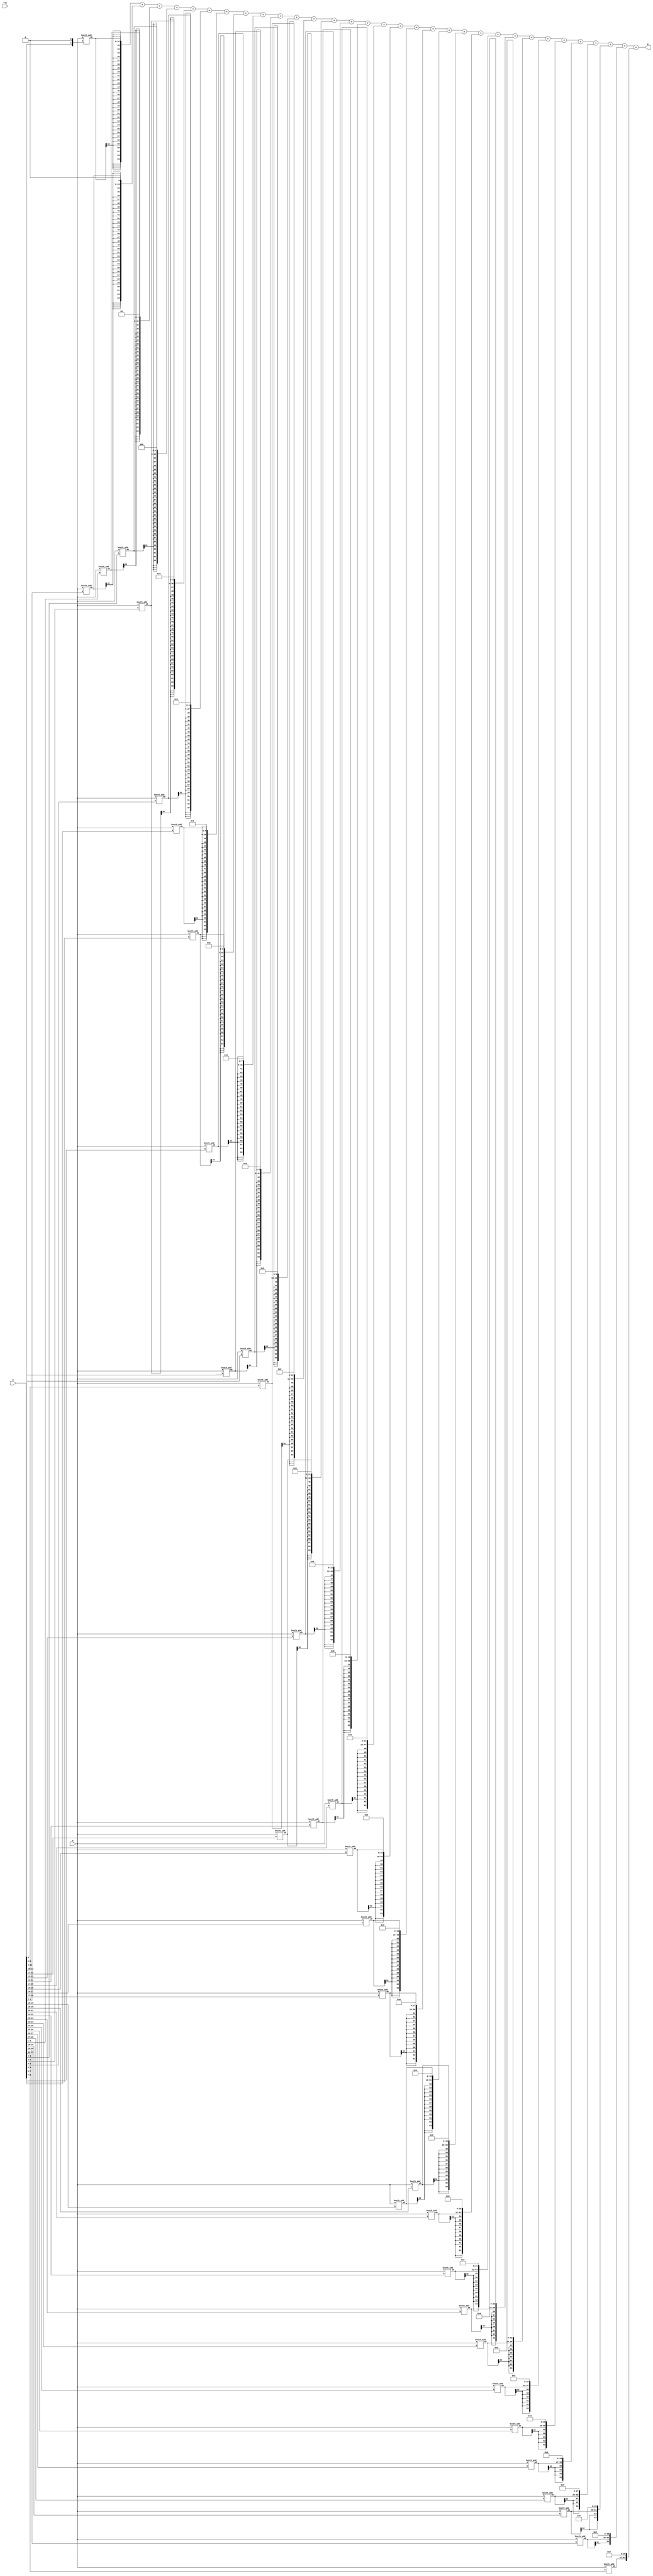
module MPY(clk,a, b, p);
    input [31:0] a, b;
	input clk;
    output [63:0] p;
    wire [32:0] add[31:0] ;
    wire [63:0] add_ext[31:0];
	
    booth_add booth1(a, {b[0],1'b0}, add[0]);
    booth_add booth2(a, b[1:0], add[1]);
    booth_add booth3(a, b[2:1], add[2]);
    booth_add booth4(a, b[3:2], add[3]);
	booth_add booth5(a, b[4:3], add[4]);
	booth_add booth6(a, b[5:4], add[5]);
	booth_add booth7(a, b[6:5], add[6]);
	booth_add booth8(a, b[7:6], add[7]);
	booth_add booth9(a, b[8:7], add[8]);
	booth_add booth10(a, b[9:8], add[9]);
	booth_add booth11(a, b[10:9], add[10]);
	booth_add booth12(a, b[11:10], add[11]);
	booth_add booth13(a, b[12:11], add[12]);
	booth_add booth14(a, b[13:12], add[13]);
	booth_add booth15(a, b[14:13], add[14]);
	booth_add booth16(a, b[15:14], add[15]);
	booth_add booth17(a, b[16:15], add[16]);
	booth_add booth18(a, b[17:16], add[17]);
	booth_add booth19(a, b[18:17], add[18]);
	booth_add booth20(a, b[19:18], add[19]);
	booth_add booth21(a, b[20:19], add[20]);
	booth_add booth22(a, b[21:20], add[21]);
	booth_add booth23(a, b[22:21], add[22]);
	booth_add booth24(a, b[23:22], add[23]);
	booth_add booth25(a, b[24:23], add[24]);
	booth_add booth26(a, b[25:24], add[25]);
	booth_add booth27(a, b[26:25], add[26]);
	booth_add booth28(a, b[27:26], add[27]);
	booth_add booth29(a, b[28:27], add[28]);
	booth_add booth30(a, b[29:28], add[29]);
	booth_add booth31(a, b[30:29], add[30]);
	booth_add booth32(a, b[31:30], add[31]);
	
	/*
	always @(*) begin
		for(idx=1; idx <=31; idx = idx +1)begin
			add_ext[idx] <= {{(32-idx){add[idx][32]}}, add[idx], 1'b0};
		end
	end
	*/
	
	
    assign add_ext[0] = {{31{add[0][32]}}, add[0]};
    assign add_ext[1] = {{30{add[1][32]}}, add[1], 1'b0};
	assign add_ext[2] = {{29{add[2][32]}}, add[2], 2'b0};
	assign add_ext[3] = {{28{add[3][32]}}, add[3], 3'b0};
	assign add_ext[4] = {{27{add[4][32]}}, add[4], 4'b0};
	assign add_ext[5] = {{26{add[5][32]}}, add[5], 5'b0};
	assign add_ext[6] = {{25{add[6][32]}}, add[6], 6'b0};
	assign add_ext[7] = {{24{add[7][32]}}, add[7], 7'b0};
	assign add_ext[8] = {{23{add[8][32]}}, add[8], 8'b0};
	assign add_ext[9] = {{22{add[9][32]}}, add[9], 9'b0};
	assign add_ext[10] = {{21{add[10][32]}}, add[10], 10'b0};
	assign add_ext[11] = {{20{add[11][32]}}, add[11], 11'b0};
	assign add_ext[12] = {{19{add[12][32]}}, add[12], 12'b0};
	assign add_ext[13] = {{18{add[13][32]}}, add[13], 13'b0};
	assign add_ext[14] = {{17{add[14][32]}}, add[14], 14'b0};
	assign add_ext[15] = {{16{add[15][32]}}, add[15], 15'b0};
	assign add_ext[16] = {{15{add[16][32]}}, add[16], 16'b0};
	assign add_ext[17] = {{14{add[17][32]}}, add[17], 17'b0};
	assign add_ext[18] = {{13{add[18][32]}}, add[18], 18'b0};
	assign add_ext[19] = {{12{add[19][32]}}, add[19], 19'b0};
	assign add_ext[20] = {{11{add[20][32]}}, add[20], 20'b0};
	assign add_ext[21] = {{10{add[21][32]}}, add[21], 21'b0};
	assign add_ext[22] = {{9{add[22][32]}}, add[22], 22'b0};
	assign add_ext[23] = {{8{add[23][32]}}, add[23], 23'b0};
	assign add_ext[24] = {{7{add[24][32]}}, add[24], 24'b0};
	assign add_ext[25] = {{6{add[25][32]}}, add[25], 25'b0};
	assign add_ext[26] = {{5{add[26][32]}}, add[26], 26'b0};
	assign add_ext[27] = {{4{add[27][32]}}, add[27], 27'b0};
	assign add_ext[28] = {{3{add[28][32]}}, add[28], 28'b0};
	assign add_ext[29] = {{2{add[29][32]}}, add[29], 29'b0};
	assign add_ext[30] = {{1{add[30][32]}}, add[30], 30'b0};
	assign add_ext[31] = { add[31], 31'b0};
	
    assign p = add_ext[0] + add_ext[1] + add_ext[2] + add_ext[3] + add_ext[4] + add_ext[5] + add_ext[6] + add_ext[7] + add_ext[8] + add_ext[9] + add_ext[10] 
	+ add_ext[11] + add_ext[12] + add_ext[13] + add_ext[14] + add_ext[15] + add_ext[16] + add_ext[17] + add_ext[18] + add_ext[19] + add_ext[20] 
	+ add_ext[21] + add_ext[22] + add_ext[23] + add_ext[24] + add_ext[25] + add_ext[26] + add_ext[27] + add_ext[28] + add_ext[29] + add_ext[30] 
	+ add_ext[31];
endmodule

module booth_add(a, b, ab);
    input [31:0] a;
    input [1:0] b;
    wire signed [32:0] a_ext;
    output [32:0] ab;

    assign a_ext = {a[31],a};
    assign ab = (b==2'b01) ? a_ext:
                (b==2'b10) ? -a_ext:
                             33'b0;                                
endmodule